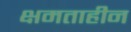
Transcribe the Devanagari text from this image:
क्षमताहीन